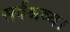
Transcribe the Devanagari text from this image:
सर्वश्रव्य।